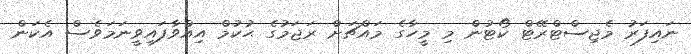
ނައިފަރު މެޖިސްޓްރޭޓް ކޯޓުން މި މީހާގެ މައްޗަށް ރަޖަމުގެ ޙުކުމް އިއްވާފައިވީނަމަވެސް އެކަން